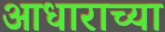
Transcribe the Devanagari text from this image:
आधाराच्या